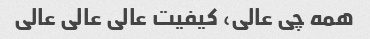
همه چی عالی، کیفیت عالی عالی عالی